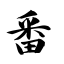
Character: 番